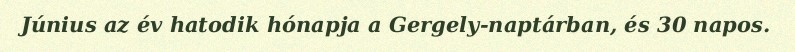
Június az év hatodik hónapja a Gergely-naptárban, és 30 napos.